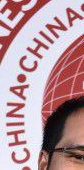
CHINA·CHINA